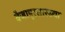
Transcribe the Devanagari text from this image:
वैजापूरसारख्या